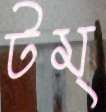
টম্